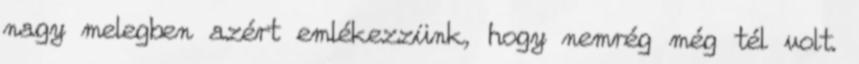
nagy melegben azért emlékezzünk, hogy nemrég még tél volt.